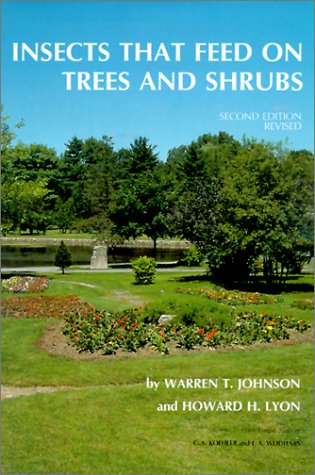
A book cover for Insects that Feed on Trees and Shrubs (Comstock Book); Warren T. Johnson; Crafts, Hobbies & Home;